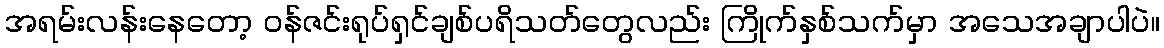
အရမ်းလန်းနေတော့ ဝန်ဇင်းရုပ်ရှင်ချစ်ပရိသတ်တွေလည်း ကြိုက်နှစ်သက်မှာ အသေအချာပါပဲ။